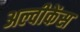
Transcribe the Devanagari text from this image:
अल्वीकेंस